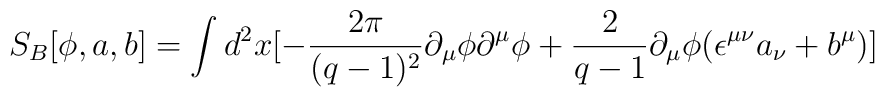
S_{B} [\phi ,a,b]=\int d ^{2} x [- \frac {2 \pi}{(q-1)^{2}} \partial _{\mu} \phi \partial ^ {\mu}\phi +\frac {2}{q-1} \partial _{\mu}\phi (\epsilon ^ {\mu \nu } a _ {\nu} +b ^ {\mu} )]